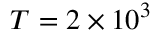
T = 2 \times 1 0 ^ { 3 }